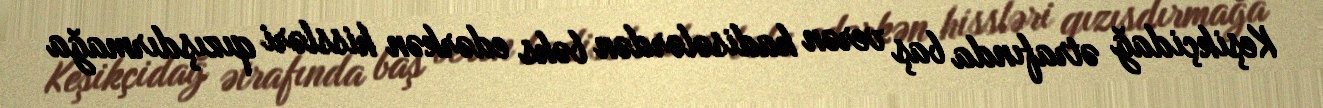
Keşikçidağ ətrafında baş verən hadisələrdən bəhs edərkən hissləri qızışdırmağa